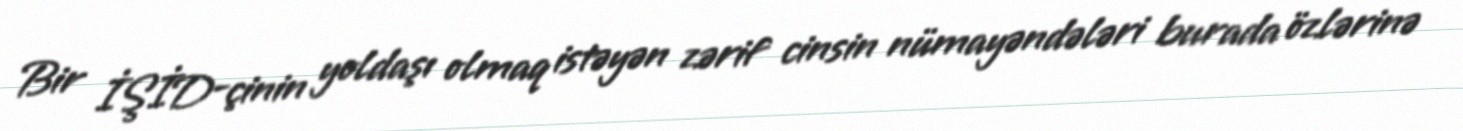
Bir İŞİD-çinin yoldaşı olmaq istəyən zərif cinsin nümayəndələri burada özlərinə